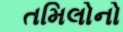
તમિલોનો